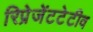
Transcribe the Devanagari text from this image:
रिप्रेजेंटटेटीव